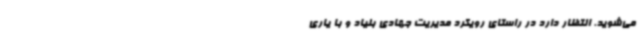
می‌شوید. انتظار دارد در راستای رویکرد مدیریت جهادی بنیاد و با یاری